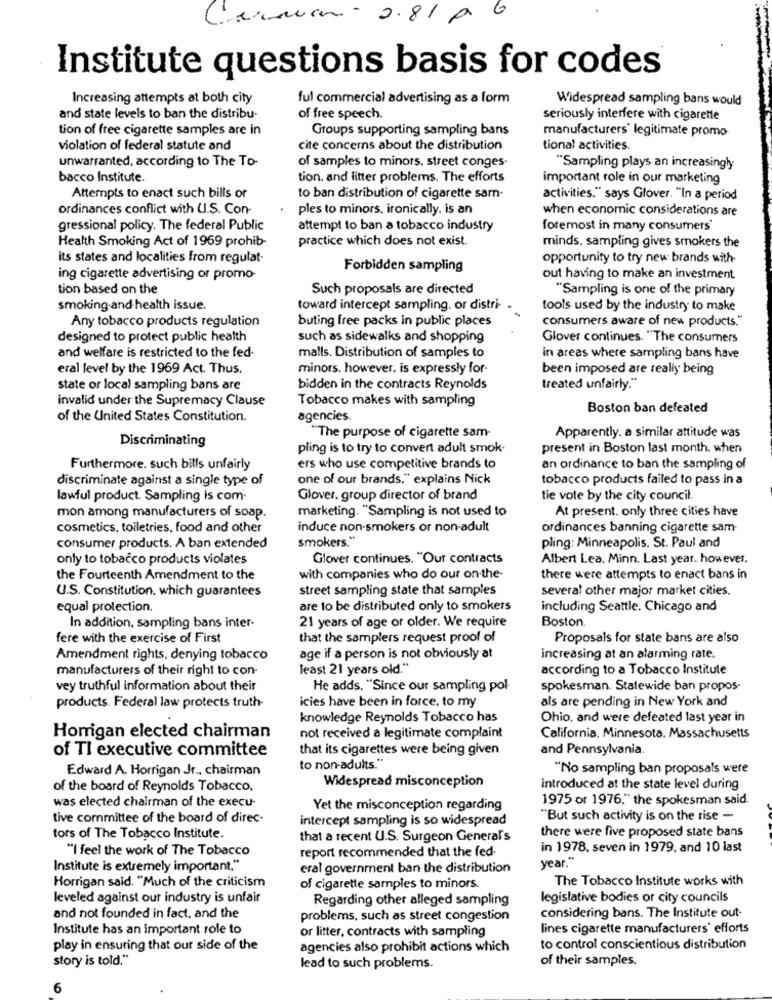
Cenaen - 2.81 g G
Institute questions basis for codes
Increasing attempts at both city
ful commercial advertising as a form
Widespread sampling bans would
and state levels to ban the distribu.
of free speech.
seriously interfere with cigarette
tion of free cigarette samples are in
Groups supporting sampling bans
manufacturers' legitimate promo
violation of federal statute and
cite concerns about the distribution
tional activities.
unwarranted, according to The To-
of samples to minors. street conges-
"Sampling plays an increasingly
bacco Institute.
tion. and litter problems. The efforts
important role in our marketing
Attempts to enact such bills or
to ban distribution of cigarette sam-
activities." says Glover. "In a period
ordinances conflict with U.S. Con-
ples to minors, ironically. is an
when economic considerations are
gressional policy. The federal Public
attempt to ban a tobacco industry
foremost in many consumers'
Health Smoking Act of 1969 prohib-
practice which does not exist.
minds. sampling gives smokers the
its states and localities from regulat-
opportunity to try new brands with-
Forbidden sampling
ing cigarette advertising or promo-
out having to make an investment
tion based on the
Such proposals are directed
"Sampling is one of the primary
smoking-and-health issue.
toward intercept sampling. or distri-
tools used by the industry to make
Any tobacco products regulation
buting free packs in public places
consumers aware of new products."
designed to protect public health
such as sidewalks and shopping
Glover continues. "The consumers
and welfare is restricted to the fed-
malls. Distribution of samples to
in areas where sampling bans have
eral level by the 1969 Act. Thus.
minors. however. is expressly for-
been imposed are really being
state or local sampling bans are
bidden in the contracts Reynolds
treated unfairly."
invalid under the Supremacy Clause
Tobacco makes with sampling
Boston ban defeated
of the United States Constitution.
agencies.
Apparently. a similar attitude was
Discriminating
"The purpose of cigarette sam-
pling is to try to convert adult smok-
present in Boston last month. when
Furthermore. such bills unfairly
ers who use competitive brands to
an ordinance to ban the sampling of
discriminate against a single type of
one of our brands." explains Nick
tobacco products failed to pass in a
lawful product. Sampling is com.
Glover. group director of brand
tie vote by the city council.
marketing. "Sampling is not used to
At present. only three cities have
mon among manufacturers of soap.
cosmetics, toiletries, food and other
induce non-smokers or non-adult
ordinances banning cigarette sam-
smokers."
consumer products. A ban extended
pling: Minneapolis. St. Paul and
only to tobacco products violates
Glover continues. "Our contracts
Albert Lea. Minn. Last year. however.
the Fourteenth Amendment to the
with companies who do our on-the-
there were attempts to enact bans in
U.S. Constitution. which guarantees
street sampling state that samples
several other major market cities.
equal protection.
are to be distributed only to smokers
including Seattle. Chicago and
21 years of age or older. We require
Boston.
In addition, sampling bans inter-
fere with the exercise of First
that the samplers request proof of
Proposals for state bans are also
Amendment rights, denying tobacco
age if a person is not obviously at
increasing at an alarming rate.
manufacturers of their right to con-
least 21 years old."
according to a Tobacco Institute
vey truthful information about their
He adds. "Since our sampling pol-
spokesman. Statewide ban propos-
icies have been in force, to my
als are pending in New York and
products. Federal law protects truth-
knowledge Reynolds Tobacco has
Ohio, and were defeated last year in
Horrigan elected chairman
not received a legitimate complaint
California. Minnesota. Massachusetts
of Tl executive committee
that its cigarettes were being given
and Pennsylvania.
Edward A. Horrigan Jr ., chairman
to non-adults."
"No sampling ban proposals were
Widespread misconception
of the board of Reynolds Tobacco.
introduced at the state level during
was elected chairman of the execu-
1975 or 1976." the spokesman said.
Yet the misconception regarding
tive committee of the board of direc-
intercept sampling is so widespread
"But such activity is on the rise -
there were five proposed state bans
tors of The Tobacco Institute.
that a recent U.S. Surgeon General's
"I feel the work of The Tobacco
report recommended that the fed-
in 1978. seven in 1979. and 10 last
Institute is extremely important."
eral government ban the distribution
year."
The Tobacco Institute works with
Horrigan said. "Much of the criticism
of cigarette samples to minors.
leveled against our industry is unfair
Regarding other alleged sampling
legislative bodies or city councils
and not founded in fact, and the
problems, such as street congestion
considering bans. The Institute out-
Institute has an important role to
or litter, contracts with sampling
lines cigarette manufacturers' efforts
play in ensuring that our side of the
agencies also prohibit actions which
to control conscientious distribution
story is told."
of their samples.
lead to such problems.
6